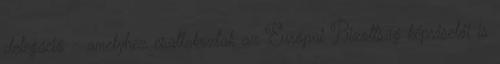
delegáció - amelyhez csatlakoztak az Európai Bizottság képviselői is